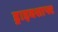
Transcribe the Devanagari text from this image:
ड्राइवशाफ्ट